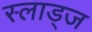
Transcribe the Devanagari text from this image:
स्लाड्ज